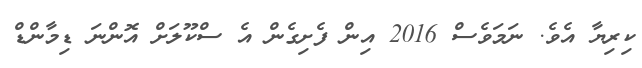
ކިރިޔާ އެވެ. ނަމަވެސް 2016 އިން ފެށިގެން އެ ސްކޫލަށް އޮންނަ ޑިމާންޑް